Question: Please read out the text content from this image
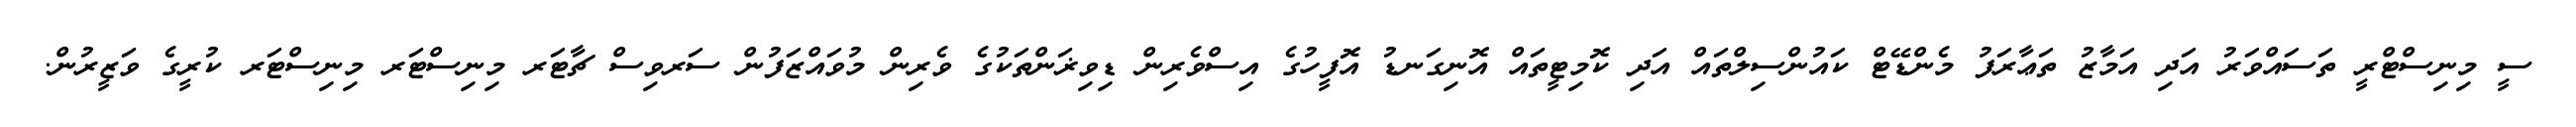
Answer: ސީ މިނިސްޓްރީ ތަސައްވަރު އަދި އަމާޒު ތަޢާރަފު މެންޑޭޓް ކައުންސިލްތައް އަދި ކޮމިޓީތައް އޮނިގަނޑު އޮފީހުގެ އިސްވެރިން ޑިވިޜަންތަކުގެ ވެރިން މުވައްޒަފުން ސަރވިސް ޗާޓަރ މިނިސްޓަރ މިނިސްޓަރ ކުރީގެ ވަޒީރުން.